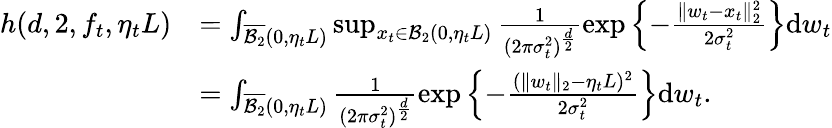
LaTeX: \begin{array}{rl}{h(d,2,f_{t},\eta_{t}L)}&{=\int_{\overline{{\mathcal{B}_{2}}}(0,\eta_{t}L)}\operatorname*{sup}_{x_{t}\in\mathcal{B}_{2}(0,\eta_{t}L)}\frac{1}{(2\pi\sigma_{t}^{2})^{\frac{d}{2}}}\exp\left\lbrace-\frac{\| w_{t}-x_{t}\| _{2}^{2}}{2\sigma_{t}^{2}}\right\rbrace\mathrm{d}w_{t}}\\ &{=\int_{\overline{{\mathcal{B}_{2}}}(0,\eta_{t}L)}\frac{1}{(2\pi\sigma_{t}^{2})^{\frac{d}{2}}}\exp\left\lbrace-\frac{(\| w_{t}\| _{2}-\eta_{t}L)^{2}}{2\sigma_{t}^{2}}\right\rbrace\mathrm{d}w_{t}.}\end{array}